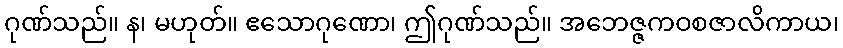
ဂုဏ်သည်။ န၊ မဟုတ်။ ဧသောဂုဏော၊ ဤဂုဏ်သည်။ အဘေဇ္ဇကဝစဇာလိကာယ၊